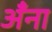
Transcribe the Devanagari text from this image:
अँना